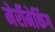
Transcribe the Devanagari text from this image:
मेर्रीमेकिंग